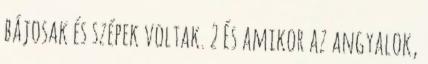
bájosak és szépek voltak. 2 És amikor az angyalok,